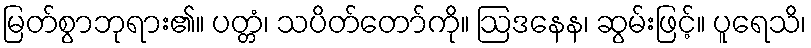
မြတ်စွာဘုရား၏။ ပတ္တံ၊ သပိတ်တော်ကို။ ဩဒနေန၊ ဆွမ်းဖြင့်။ ပူရေသိ၊